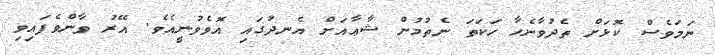
ނަމަވެސް ކޮޅަށް ތެދުވާނެހާ ހަކަތަ ނެތުމުން ޝާޢާއަށް އެނދުގައި އޮވެވުނީއެވެ. އޭރު ވާންވެފައިވި